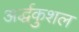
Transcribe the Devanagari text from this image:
अर्द्धकुशल